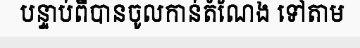
បន្ទាប់ពីបានចូលកាន់តំណែង ទៅតាម